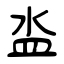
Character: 泴